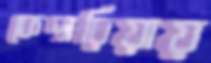
কেদারিয়ায়